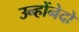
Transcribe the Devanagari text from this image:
उन्होंनेदो